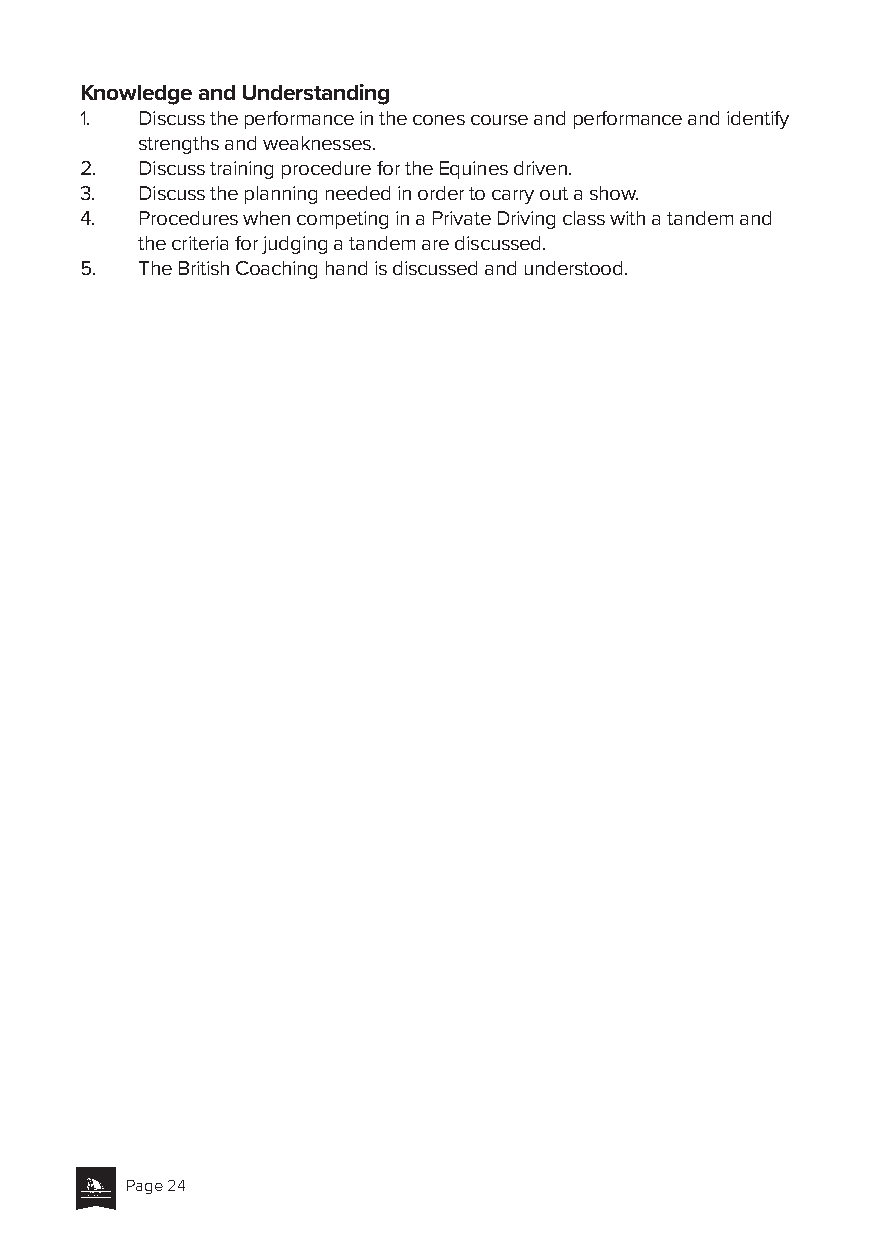
Knowledge and Understanding
 1.  Discuss the performance in the cones course and performance and identify
 strengths and weaknesses.
 2.  Discuss training procedure for the Equines driven.
 3.  Discuss the planning needed in order to carry out a show.
 4.  Procedures when competing in a Private Driving class with a tandem and
 the criteria for judging a tandem are discussed.
 5.  The British Coaching hand is discussed and understood.
 Page 24